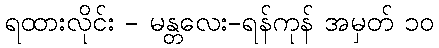
ရထားလိုင်း - မန္တလေး-ရန်ကုန် အမှတ် ၁၀